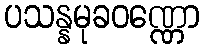
ပသန္နမုခဝဏ္ဏော